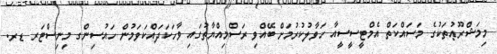
މިމަޝްރޫޢުތަކުގެ މަސައްކަތް އެމްޓީސީސީއާ ހަވާލުކުރުމަށް ބޭއްވި ރަސްމިއްޔާތުގައި ވާހަކަދައްކަވަމުން ހައުސިންގ މިނިސްޓަރ ޑރ.